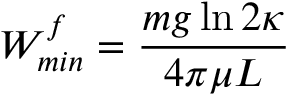
W _ { m i n } ^ { f } = \frac { m g \ln 2 \kappa } { 4 \pi \mu L }